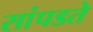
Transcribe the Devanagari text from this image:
सांपडते